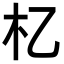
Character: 𣎷